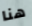
هنا